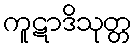
ကူဋာဒိသုတ္တ